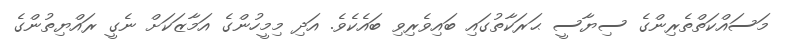
މަސައްކަތްތެރިންގެ ސިޔާސީ ޙަރަކާތުގައި ބައިވެރިވި ބައެކެވެ. އަދި މިމީހުންގެ އަމާޒަކަށް ނެގީ ރައްޔިތުންގެ